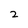
Character: 2